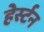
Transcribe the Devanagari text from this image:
हेर्स्टन